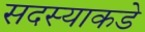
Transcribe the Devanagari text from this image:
सदस्याकडे